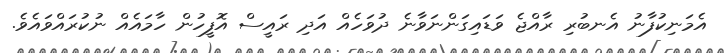
އެމަނިކުފާނު އެނބުރި ރާއްޖެ ވަޑައިގަންނަވާނެ ދުވަހެއް އަދި ރައީސް އޮފީހުން ހާމައެއް ނުކުރައްވައެވެ.